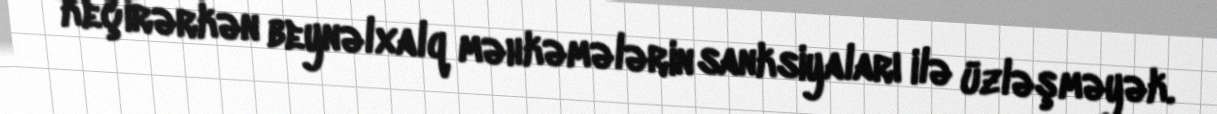
keçirərkən beynəlxalq məhkəmələrin sanksiyaları ilə üzləşməyək.